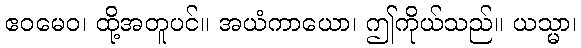
ဧဝမေဝ၊ ထို့အတူပင်။ အယံကာယော၊ ဤကိုယ်သည်။ ယသ္မာ၊